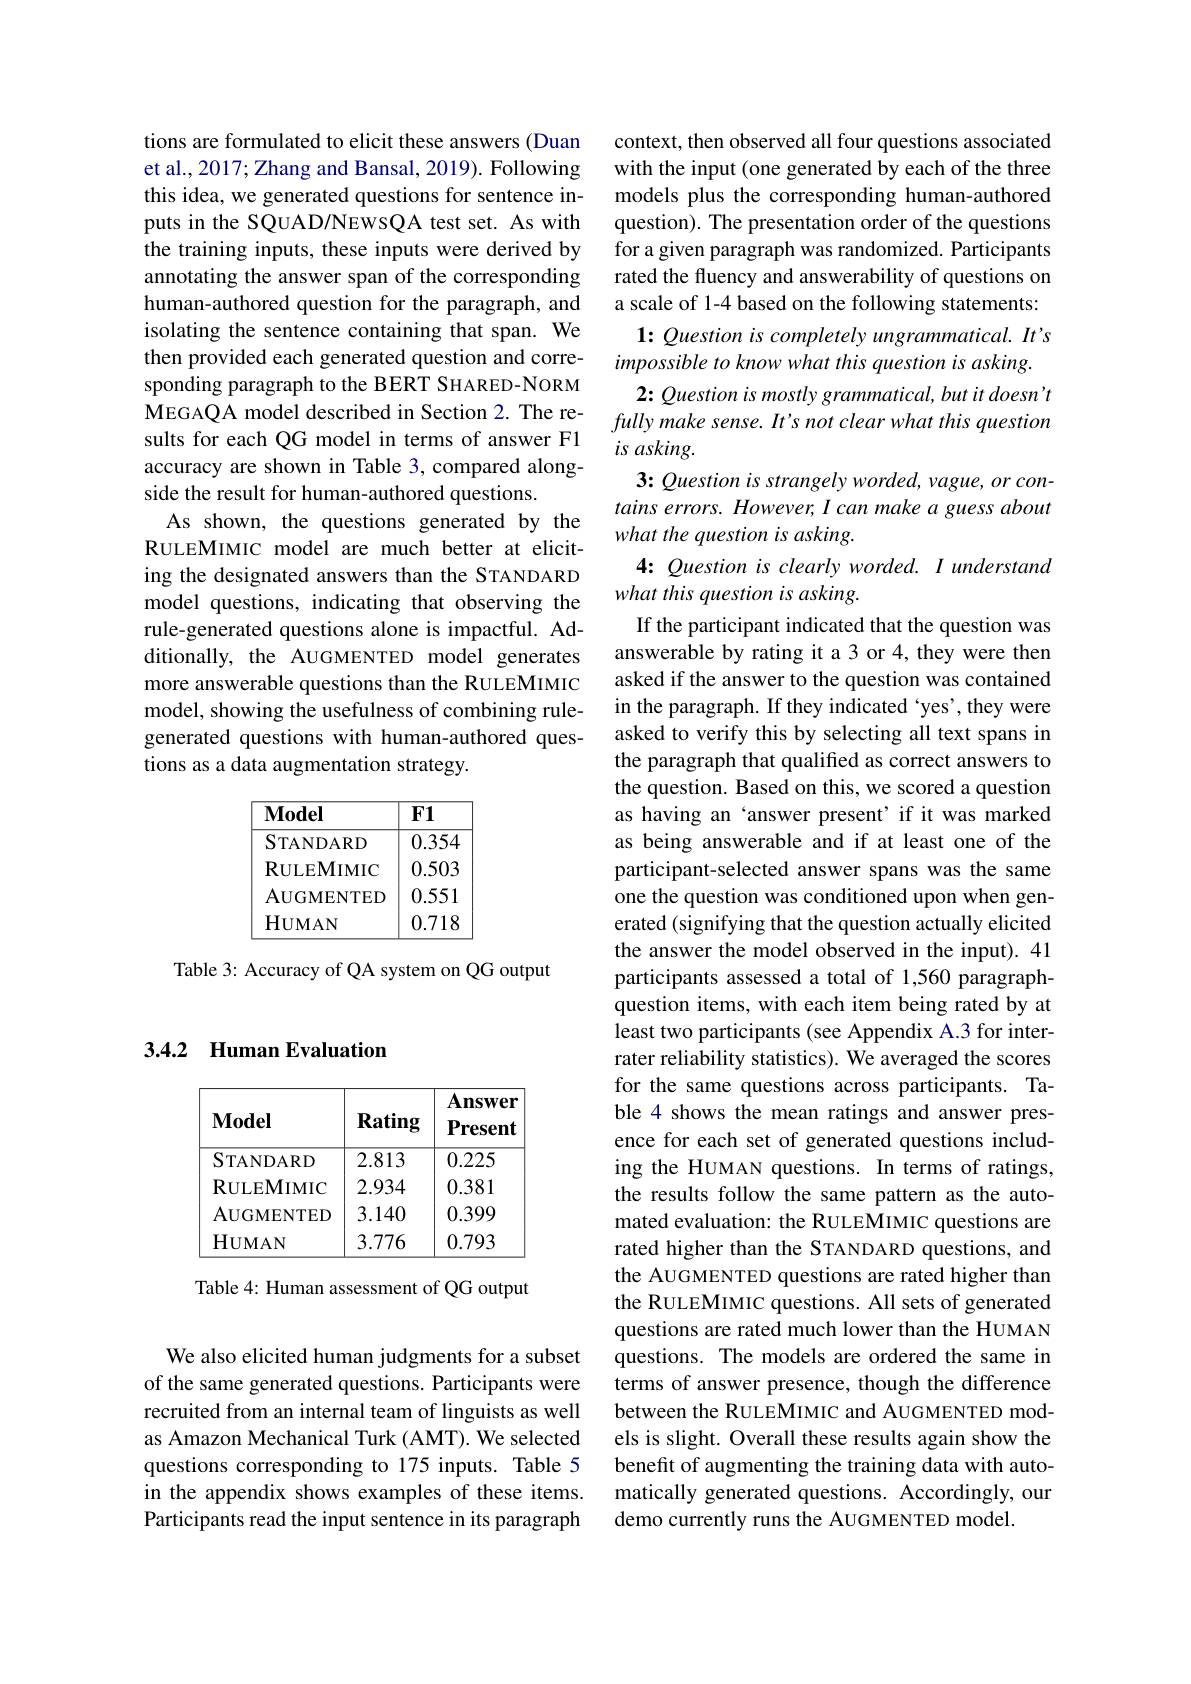
### 3.4.2 Human Evaluation

<table>
	<tbody>
		<tr>
			<th>$\mathbf{Model}$</th>
			<th>Rating</th>
			<th>$\mathbf{Answer}$ $\mathbf{Present}$</th>
		</tr>
		<tr>
			<td>STANDARD</td>
			<td>2.813</td>
			<td>0.225</td>
		</tr>
		<tr>
			<td>$\mathbf{R}$ULEMIMIC</td>
			<td>2.934</td>
			<td>0.381</td>
		</tr>
		<tr>
			<td>${\mathrm{AUGMENTED}}$</td>
			<td>3.140</td>
			<td>0.399</td>
		</tr>
		<tr>
			<td>$\mathbf{HUMAN}$</td>
			<td>3.776</td>
			<td>0.793</td>
		</tr>
	</tbody>
</table>

Table 4: Human assessment of QG output

We also elicited human judgments for a subset of the same generated questions. Participants were recruited from an internal team of linguists as well as Amazon Mechanical Turk (AMT). We selected questions corresponding to 175 inputs. Table 5 in the appendix shows examples of these items. Participants read the input sentence in its paragraph

tions are formulated to elicit these answers (Duan et al., 2017; Zhang and Bansal, 2019). Following this idea, we generated questions for sentence inputs in the SQUAD/NEWSQA test set. As with the training inputs, these inputs were derived by annotating the answer span of the corresponding human-authored question for the paragraph, and isolating the sentence containing that span. We then provided each generated question and corresponding paragraph to the BERT SHARED-NORM MEGAQA model described in Section 2. The results for each QG model in terms of answer F1 accuracy are shown in Table 3, compared alongside the result for human-authored questions.
As shown, the questions generated by the RULEMIMIC model are much better at eliciting the designated answers than the STANDARD model questions, indicating that observing the rule-generated questions alone is impactful. Additionally, the AUGMENTED model generates more answerable questions than the RULEMIMIC model, showing the usefulness of combining rulegenerated questions with human-authored questions as a data augmentation strategy.

$\overline{\mathbf{F1}}$
$\overline{\mathbf{Model}}$
$\overline{0.354}$
${\overline{STANDARD}}$
RULEMIMIC 0.503 AUGMENTED 0.551
0.718
$\underline{HUMAN}$

Table 3: Accuracy of QA system on QG output

context, then observed all four questions associated with the input (one generated by each of the three models plus the corresponding human-authored question). The presentation order of the questions for a given paragraph was randomized. Participants rated the fluency and answerability of questions on a scale of 1-4 based on the following statements:
1: Question is completely ungrammatical. It's
impossible to know what this question is asking.
2: Question is mostly grammatical, but it doesn' t fully make sense. It's not clear what this question $isasking.$
3: Question is strangely worded, vague, or contains errors. However, I can make a guess about what the question is asking.
4: Question is clearly worded. I understand
what this question is asking.
If the participant indicated that the question was answerable by rating it a 3 or 4, they were then asked if the answer to the question was contained in the paragraph. If they indicated 'yes', they were asked to verify this by selecting all text spans in the paragraph that qualified as correct answers to the question. Based on this, we scored a question as having an‘answer present’if it was marked as being answerable and if at least one of the participant-selected answer spans was the same one the question was conditioned upon when generated (signifying that the question actually elicited the answer the model observed in the input). 41 participants assessed a total of 1,560 paragraphquestion items, with each item being rated by at least two participants (see Appendix A.3 for interrater reliability statistics). We averaged the scores for the same questions across participants. Table 4 shows the mean ratings and answer presence for each set of generated questions including the HUMAN questions. In terms of ratings, the results follow the same pattern as the automated evaluation: the RULEMIMIC questions are rated higher than the STANDARD questions, and the AUGMENTED questions are rated higher than the RULEMIMIC questions. All sets of generated questions are rated much lower than the HUMAN questions. The models are ordered the same in terms of answer presence, though the difference between the RULEMIMIC and AUGMENTED models is slight. Overall these results again show the benefit of augmenting the training data with automatically generated questions. Accordingly, our demo currently runs the AUGMENTED model.